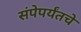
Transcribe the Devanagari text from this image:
संपेपर्यंतचे